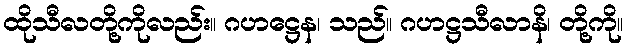
ထိုသီလတို့ကိုလည်း။ ဂဟဋ္ဌေန၊ သည်။ ဂဟဋ္ဌသီလာနိ၊ တို့ကို။